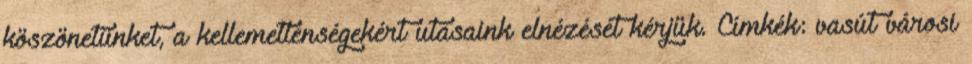
köszönetünket, a kellemetlenségekért utasaink elnézését kérjük. Címkék: vasút városi